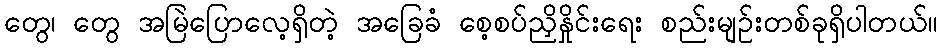
တွေ၊ တွေ အမြဲပြောလေ့ရှိတဲ့ အခြေခံ စေ့စပ်ညှိနှိုင်းရေး စည်းမျဉ်းတစ်ခုရှိပါတယ်။